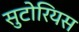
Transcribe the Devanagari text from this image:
सुटोरियस